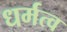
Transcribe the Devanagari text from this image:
धर्मत्व